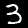
Digit: 3